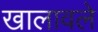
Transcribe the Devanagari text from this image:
खालावले